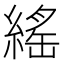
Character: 䌊